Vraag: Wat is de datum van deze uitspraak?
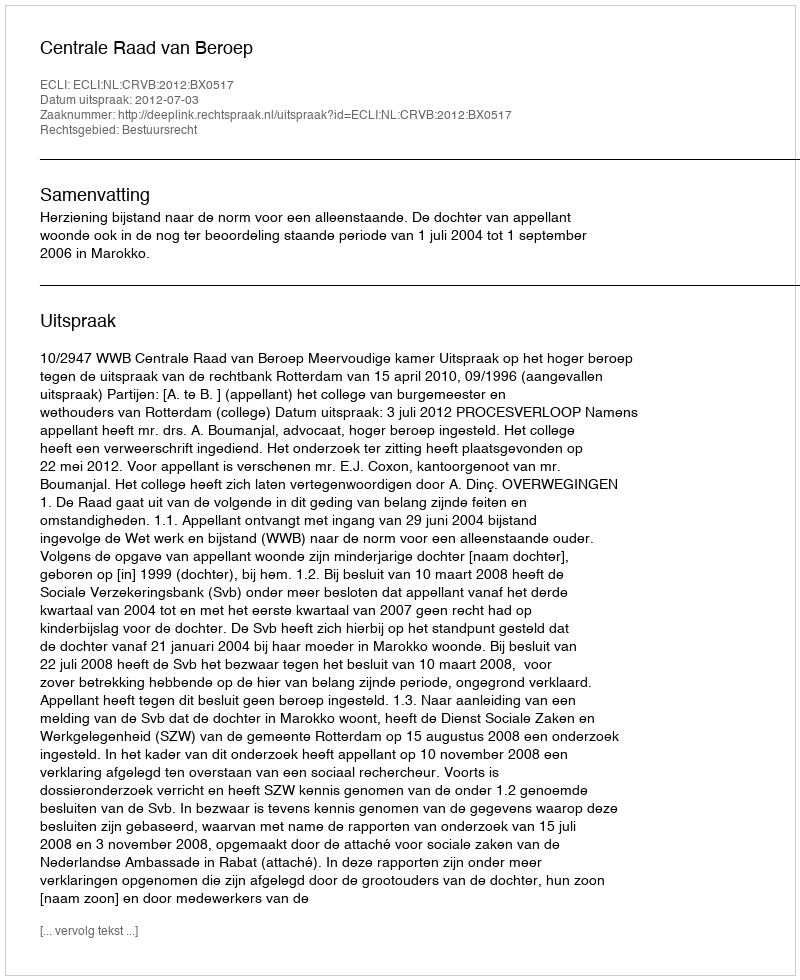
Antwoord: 2012-07-03